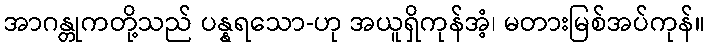
အာဂန္တုကတို့သည် ပန္နရသော-ဟု အယူရှိကုန်အံ့၊ မတားမြစ်အပ်ကုန်။